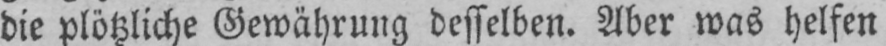
die plötzliche Gewährung desselben. Aber was helfen